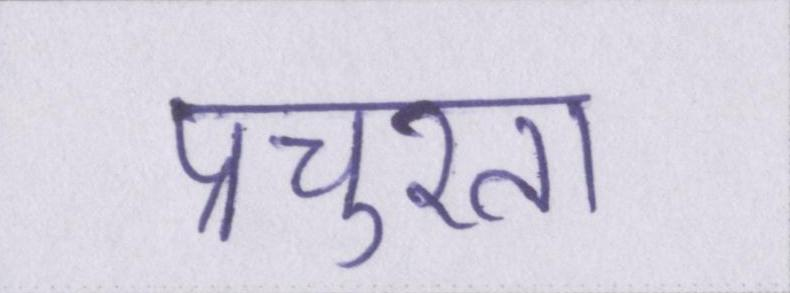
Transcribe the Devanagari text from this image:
प्रचुरता